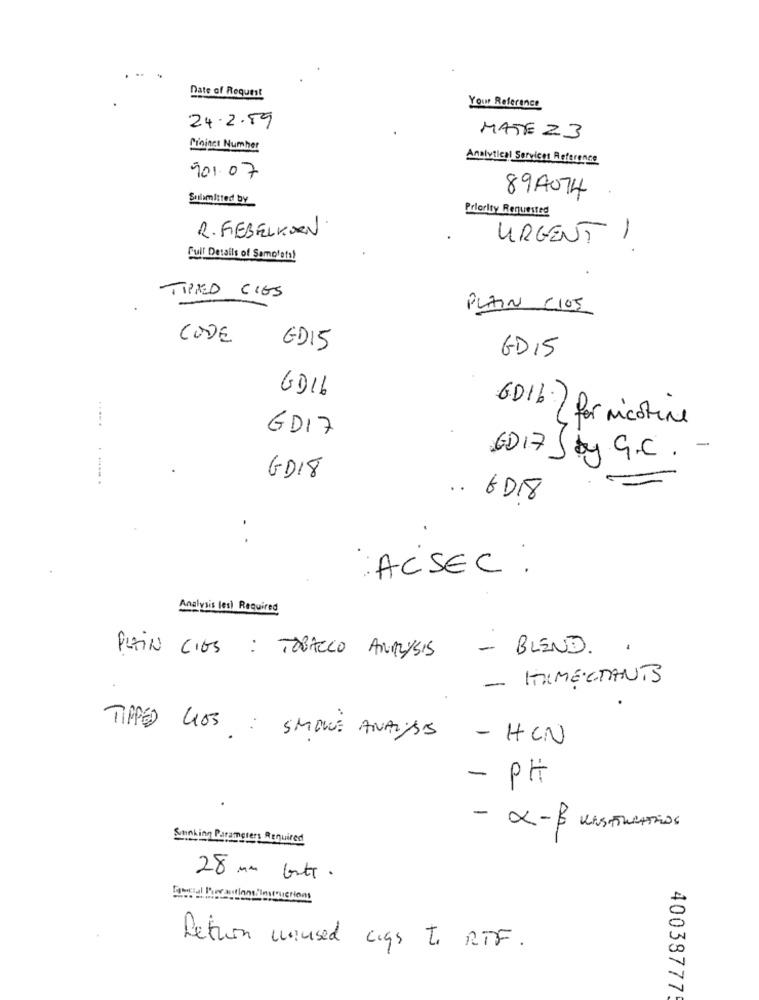
Date of Request
Your Reference
24.2.59
MATE 23
Cinincs Number
Analytical Services Reference
901. 07
Sulamitted by
894074
Priority Requested
R. FEBELKDEN
URGENT I
Full Details of Samotets!
TIPED CIES
PLAIN CIOS
CODE
GD15
GD15
GD16
601b for nicotine
GD17
GD17 Say G.C . -
GD18
.. 6018
. .
ACSEC :
Analysis les) Required
- BLEND. .
PLAIN CIES : TOBACCO ANALYSIS
- ITAMECTANTE
TIPPED LOS : SMOKE ANAYAS - HUN
- PH
- X-B RASTERCARROS
Sunnking Parameters Required
28 mm buts.
Facial Perations Instructions
Retion moused Ligs to RTF.
40038777.